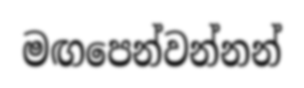
මඟපෙන්වන්නන්